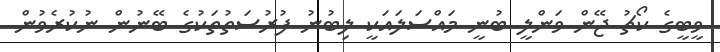
ވީބީގެ ކޯޗު ޖޭން ވަންލީ ބުނީ މައްސަލައަކީ ލިބުނު ފުރުސަތުތަކުގެ ބޭނުން ނުކުރެވުން